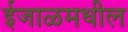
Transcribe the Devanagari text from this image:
ईजाळमधील